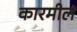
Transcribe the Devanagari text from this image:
कारमील